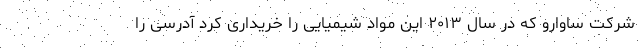
شرکت ساوارو که در سال ۲۰۱۳ این مواد شیمیایی را خریداری کرد آدرسی را